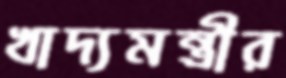
খাদ্যমন্ত্রীর